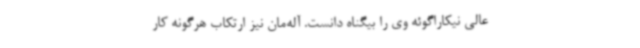
عالی نیکاراگوئه وی را بیگناه دانست. آله‌مان نیز ارتکاب هرگونه کار